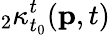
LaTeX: {}_{2}\kappa_{t_{0}}^{t}(\mathbf{p},t)